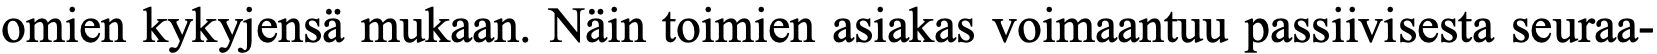
omien kykyjensä mukaan. Näin toimien asiakas voimaantuu passiivisesta seuraa-